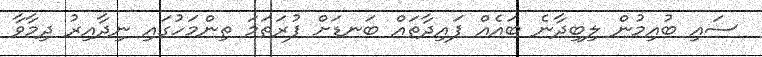
ސައި ބުއިމުން ލިބިދާނެ ބައެއް ފައިދާތައް ބަނޑަށް ފުރަތަމަ ތިންމަހުގައި ނިދާއިރު ދިމާވާ